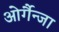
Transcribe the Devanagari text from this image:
ओर्गैन्जा